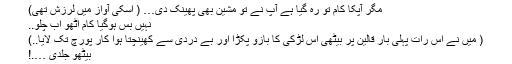
مگر آپکا کام تو رہ گیا ہے آپ نے تو مشین بھی پھینک دی… ( اسکی آواز میں لرزش تھی)
نہیں بس ہوگیا کام اٹھو اب چلو..
( میں نے اس رات پہلی بار قالین پر بیٹھی اس لڑکی کا بازو پکڑا اور بے دردی سے کھینچتا ہوا کار پورچ تک لایا..)
بیٹھو جلدی ….!